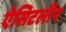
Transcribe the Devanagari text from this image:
ऐसिटलीन